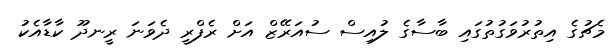
މެޗުގެ އިތުރުވަގުތުގައި ބާސާގެ ލުއިސް ސުއަރޭޒް އަށް ރެފްރީ ދެވަނަ ރީނދޫ ކާޑާއެކު